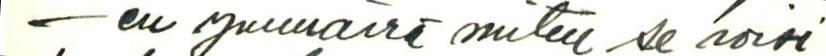
- en ymmärrä miten se voisi